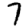
Digit: 7